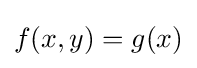
f(x,y)=g(x)